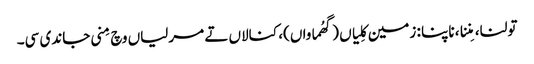
تولنا، مِننا، ناپنا : زمین کِلیاں (گھُماواں)، کنالاں تے مرلیاں وچ مِنی جاندی سی۔